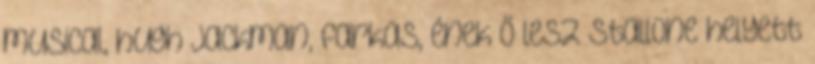
musical, hugh jackman, farkas, ének Ő lesz Stallone helyett